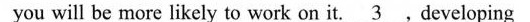
you will be more likely to work on it\underline{3}.Developing